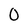
Character: 0